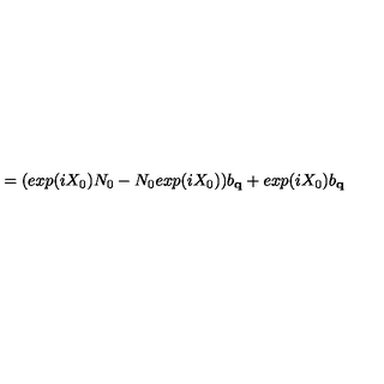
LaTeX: = ( e x p ( i \mathrm { } X _ { 0 } ) N _ { 0 } - N _ { 0 } e x p ( i \mathrm { } X _ { 0 } ) ) b _ { { \bf { q } } } + e x p ( i \mathrm { } X _ { 0 } ) b _ { { \bf { q } } }